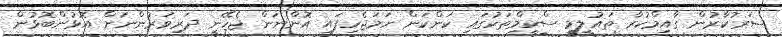
ސަރުކާރުން ގާއިމްކުރާ ތައުލީމީ ސްކީމްތަކުގައި ކަންކަން ހަމަޖެހިފައި އޮންނަން ޖެހޭނީ ދަރިވަރުންނަށް އޮޅުންބޮޅުން